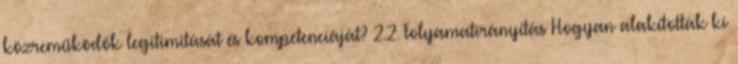
közreműködők legitimitását és kompetenciáját? 2.2. Folyamatirányítás Hogyan alakították ki